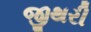
જીથરી